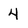
Character: 4